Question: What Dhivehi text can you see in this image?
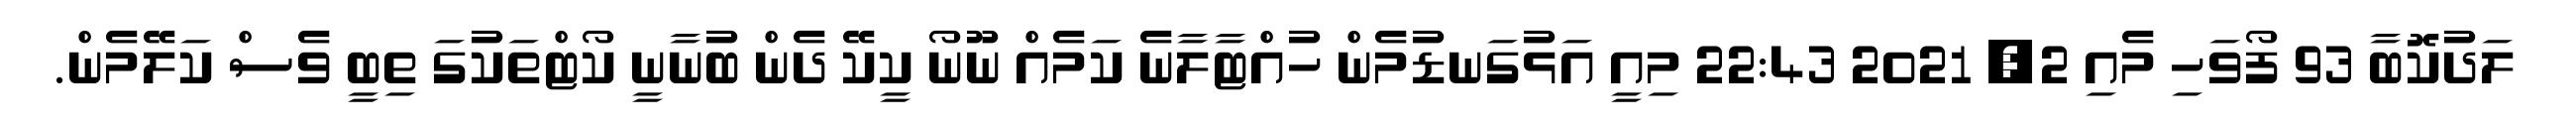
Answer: ލަދުކޮބާ 93 ފޯވަހި މެއި 2, 2021 22:43 މިއީ އަޅުގަނޑުމެން ހުއްޓާލާނެ ކަމެއް ނޫނޯ ކީކޭ ދެން ބުނާނީ ކޯޓްތަކުގަ ތިބީ ވެސް ކަލޭމެން.